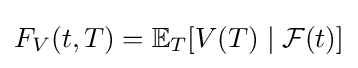
F_{V}(t,T)=\mathbb {E} _{T}[V(T)\mid {\mathcal {F}}(t)]